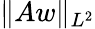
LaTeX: \| Aw\| _{L^{2}}